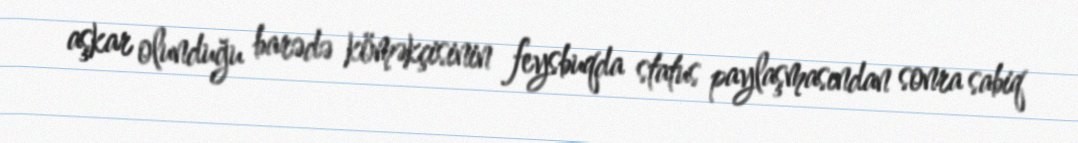
aşkar olunduğu barədə köməkçisinin feysbuqda status paylaşmasından sonra sabiq